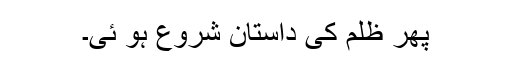
پھر ظلم کی داستان شروع ہو ئی۔